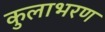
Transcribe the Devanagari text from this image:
कुलाभरण